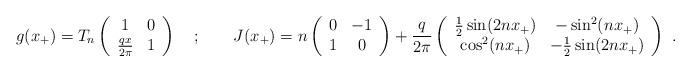
LaTeX: \begin{align*}g(x_{+})=T_{n}\left( \begin{array}{cc}1 & 0\\\frac{qx}{2\pi } & 1\end{array}\right) \quad ;\qquad J(x_{+})=n\left( \begin{array}{cc}0 & -1\\1 & 0\end{array}\right) +\frac{q}{2\pi }\left( \begin{array}{cc}\frac{1}{2}\sin (2nx_{+}) & -\sin ^{2}(nx_{+})\\\cos ^{2}(nx_{+}) & -\frac{1}{2}\sin (2nx_{+})\end{array}\right) \, \, .\end{align*}